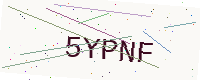
Text: 5YPNF